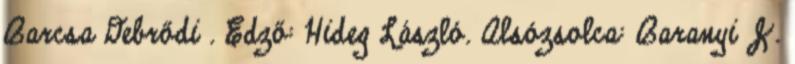
Barcsa Debrődi . Edző: Hideg László. Alsózsolca: Baranyi J.